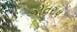
જોતરાય